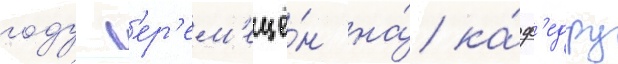
году п'ер'ем'ещё́н на́ ка́ф'едру